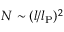
N \sim ( l / l _ { \mathrm { P } } ) ^ { 2 }